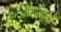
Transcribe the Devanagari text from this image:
अाराधना